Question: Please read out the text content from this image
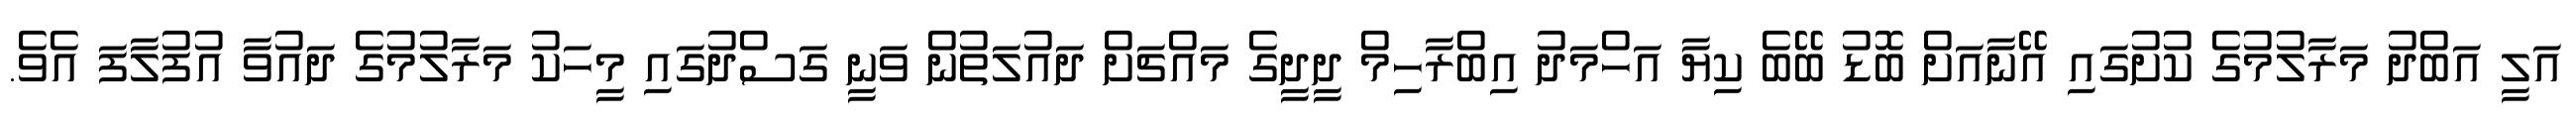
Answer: އަލީ އަބްދު މަރާލުމުގެ ކުށުގައި އޭނާއަށް ބޮޑު ބޭބެ ކިޔާ އަހްމަދު އިބްރާހިމް ދީދީގެ މައްޗަށް ދައުލަތުން ވަނީ ގަސްދުގައި މީހަކު މަރާލުމުގެ ދައުވާ އުފުލާފަ އެވެ.